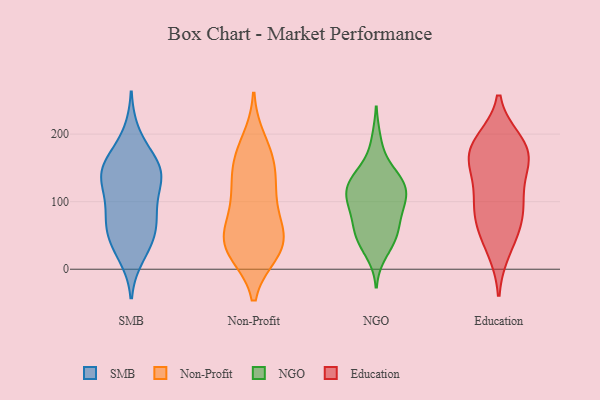
{"axis": {"x": "Waste Production (Tons)", "y": "Value"}, "legend": ["Education", "NGO", "Non-Profit", "SMB"], "data": [{"x": "", "y": 141, "type": "SMB"}, {"x": "", "y": 40, "type": "SMB"}, {"x": "", "y": 142, "type": "SMB"}, {"x": "", "y": 153, "type": "SMB"}, {"x": "", "y": 166, "type": "SMB"}, {"x": "", "y": 66, "type": "SMB"}, {"x": "", "y": 67, "type": "SMB"}, {"x": "", "y": 20, "type": "SMB"}, {"x": "", "y": 96, "type": "SMB"}, {"x": "", "y": 150, "type": "SMB"}, {"x": "", "y": 116, "type": "SMB"}, {"x": "", "y": 128, "type": "SMB"}, {"x": "", "y": 144, "type": "SMB"}, {"x": "", "y": 62, "type": "SMB"}, {"x": "", "y": 200, "type": "SMB"}, {"x": "", "y": 81, "type": "SMB"}, {"x": "", "y": 34, "type": "SMB"}, {"x": "", "y": 30, "type": "Non-Profit"}, {"x": "", "y": 36, "type": "Non-Profit"}, {"x": "", "y": 56, "type": "Non-Profit"}, {"x": "", "y": 28, "type": "Non-Profit"}, {"x": "", "y": 116, "type": "Non-Profit"}, {"x": "", "y": 50, "type": "Non-Profit"}, {"x": "", "y": 189, "type": "Non-Profit"}, {"x": "", "y": 165, "type": "Non-Profit"}, {"x": "", "y": 26, "type": "Non-Profit"}, {"x": "", "y": 156, "type": "Non-Profit"}, {"x": "", "y": 110, "type": "Non-Profit"}, {"x": "", "y": 152, "type": "Non-Profit"}, {"x": "", "y": 99, "type": "Non-Profit"}, {"x": "", "y": 53, "type": "Non-Profit"}, {"x": "", "y": 128, "type": "NGO"}, {"x": "", "y": 47, "type": "NGO"}, {"x": "", "y": 189, "type": "NGO"}, {"x": "", "y": 48, "type": "NGO"}, {"x": "", "y": 91, "type": "NGO"}, {"x": "", "y": 110, "type": "NGO"}, {"x": "", "y": 51, "type": "NGO"}, {"x": "", "y": 123, "type": "NGO"}, {"x": "", "y": 128, "type": "NGO"}, {"x": "", "y": 147, "type": "NGO"}, {"x": "", "y": 115, "type": "NGO"}, {"x": "", "y": 25, "type": "NGO"}, {"x": "", "y": 54, "type": "NGO"}, {"x": "", "y": 102, "type": "NGO"}, {"x": "", "y": 89, "type": "NGO"}, {"x": "", "y": 80, "type": "NGO"}, {"x": "", "y": 134, "type": "NGO"}, {"x": "", "y": 171, "type": "Education"}, {"x": "", "y": 51, "type": "Education"}, {"x": "", "y": 187, "type": "Education"}, {"x": "", "y": 86, "type": "Education"}, {"x": "", "y": 172, "type": "Education"}, {"x": "", "y": 31, "type": "Education"}, {"x": "", "y": 145, "type": "Education"}, {"x": "", "y": 80, "type": "Education"}, {"x": "", "y": 116, "type": "Education"}, {"x": "", "y": 171, "type": "Education"}, {"x": "", "y": 90, "type": "Education"}, {"x": "", "y": 178, "type": "Education"}]}